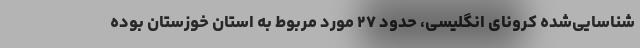
شناسایی‌شده کرونای انگلیسی، حدود ۲۷ مورد مربوط به استان خوزستان بوده